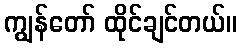
ကျွန်တော် ထိုင်ချင်တယ်။